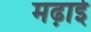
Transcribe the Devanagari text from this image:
मढ़ाई